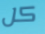
كل